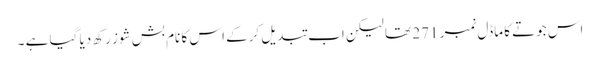
اس جوتے کا ماڈل نمبر 271 تھا لیکن اب تبدیل کرکے اس کا نام بش شوز رکھ دیا گیا ہے ۔